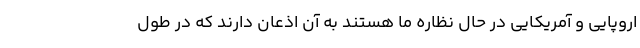
اروپایی و آمریکایی در حال نظاره ما هستند به آن اذعان دارند که در طول